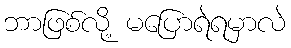
ဘာဖြစ်လို့ မပြောရဲရမှာလဲ